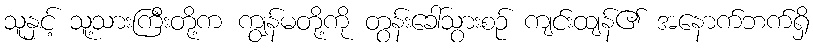
သူနှင့် သူ့သားကြီးတို့က ကျွန်မတို့ကို တွန်းခေါ်သွားစဉ် ကျင်းထျန်၏ အနောက်ဘက်ရှိ